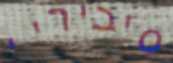
סיביריי